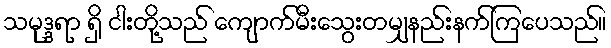
သမုဒ္ဒရာ ရှိ ငါးတို့သည် ကျောက်မီးသွေးတမျှနည်းနက်ကြပေသည်။